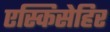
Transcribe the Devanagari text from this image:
एस्किसेहिर